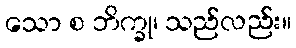
သော စ ဘိက္ခု၊ သည်လည်း။